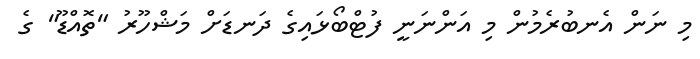
މި ނަން އެނބުރެމުން މި އަންނަނީ ފުޓްބޯޅައިގެ ދަނޑަށް މަޝްހޫރު "ތޮއްޑޫ" ގެ